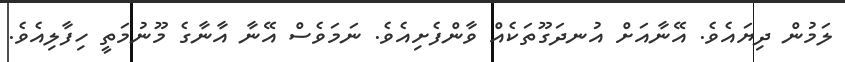
ލަމުން ދިޔައެވެ. އޭނާއަށް އުނދަގޫތަކެއް ވާންފެށިއެވެ. ނަމަވެސް އޭނާ އާނާގެ މޫނުމަތީ ހިފާލިއެވެ.